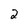
Character: 2